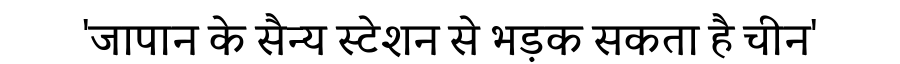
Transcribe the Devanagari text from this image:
'जापान के सैन्य स्टेशन से भड़क सकता है चीन'